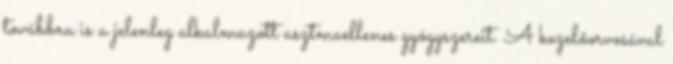
továbbra is a jelenleg alkalmazott asztmaellenes gyógyszereit. A kezelőorvosával